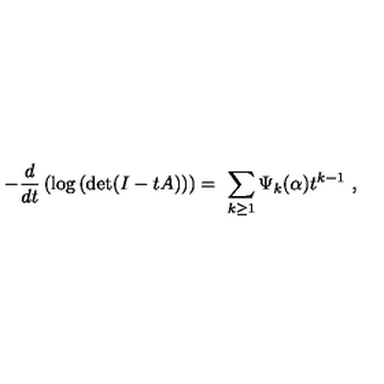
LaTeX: - { \frac { d } { d t } } \left( \mathrm { l o g } \left( \mathrm { d e t } ( I - t A ) \right) \right) = \ \sum _ { k \geq 1 } \Psi _ { k } ( { \bf \alpha } ) t ^ { k - 1 } \ ,